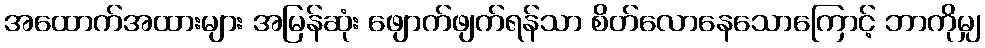
အထောက်အထားများ အမြန်ဆုံး ဖျောက်ဖျက်ရန်သာ စိတ်လောနေသောကြောင့် ဘာကိုမျှ